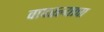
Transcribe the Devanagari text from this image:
वापरल्याचा